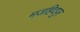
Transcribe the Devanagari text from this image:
मजहिदपुर